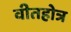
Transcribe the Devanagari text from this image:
वीतहोत्र